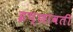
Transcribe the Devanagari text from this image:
इच्छावती